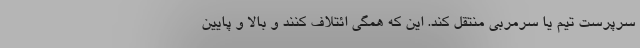
سرپرست تیم یا سرمربی منتقل کند. این که همگی ائتلاف کنند و بالا و پایین